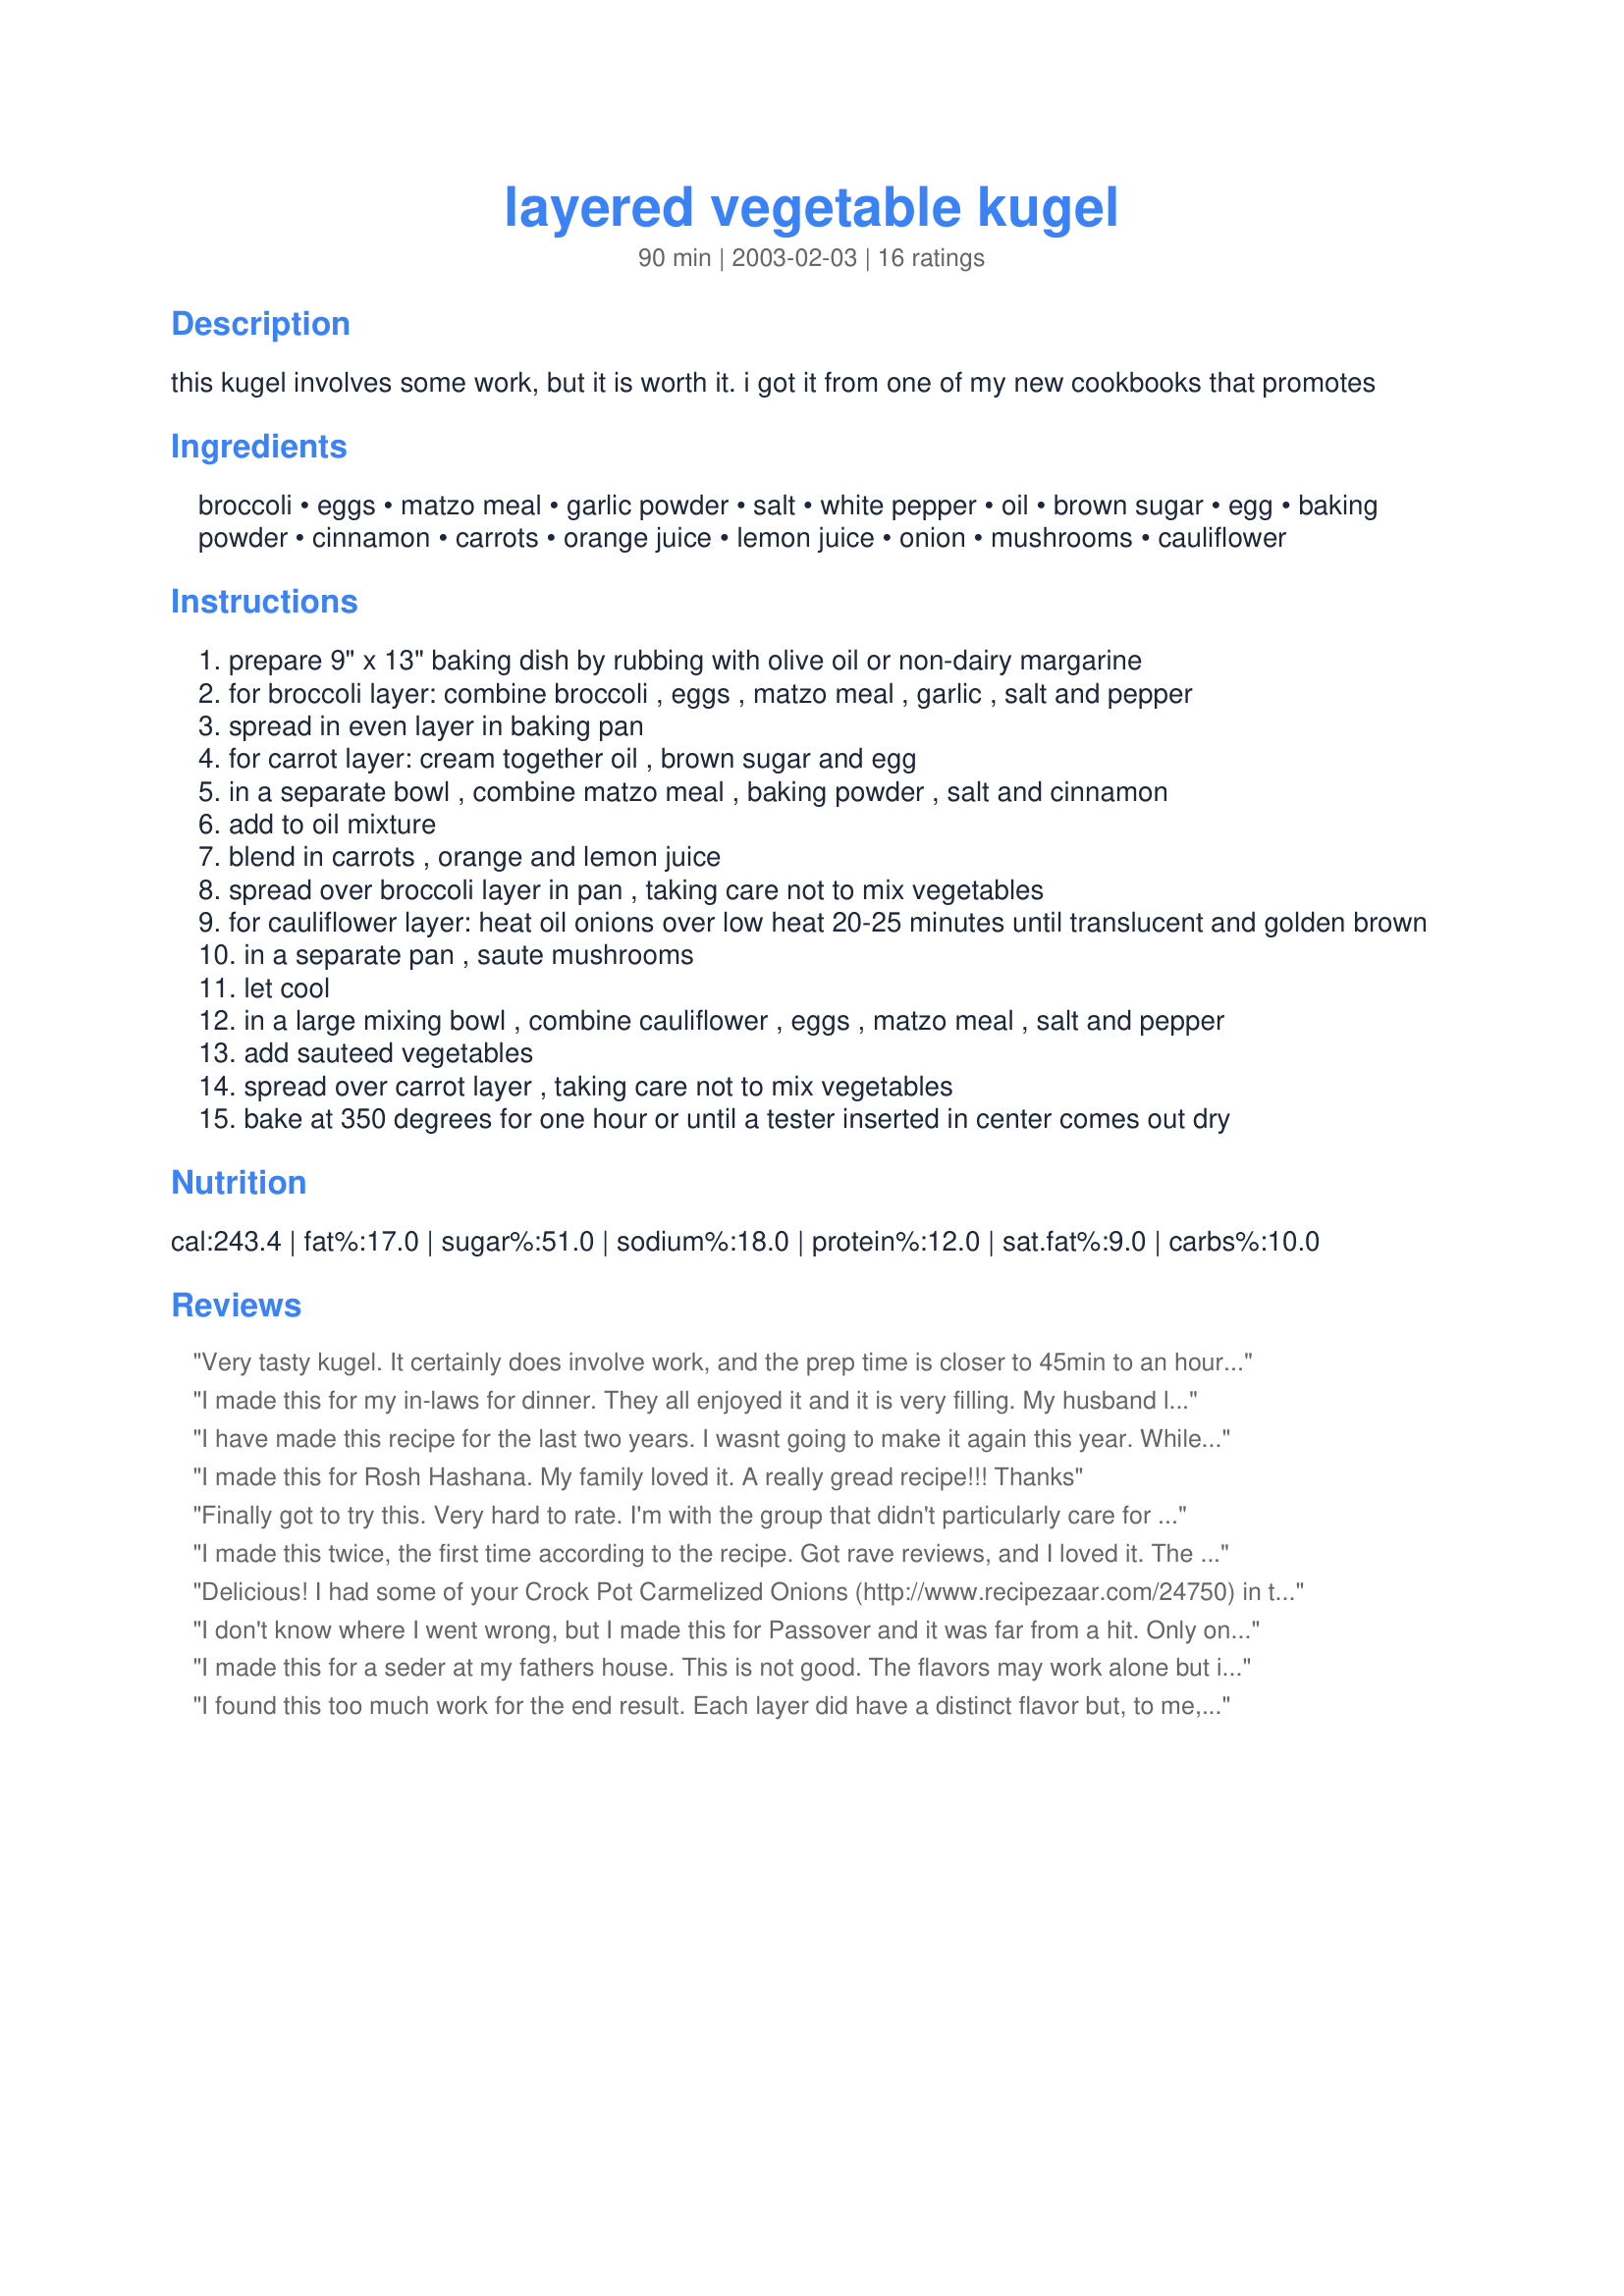
layered vegetable kugel
Preparation time: 90 minutes

this kugel involves some work, but it is worth it. i got it from one of my new cookbooks that promotes

Ingredients:
broccoli, eggs, matzo meal, garlic powder, salt, white pepper, oil, brown sugar, egg, baking powder, cinnamon, carrots, orange juice, lemon juice, onion, mushrooms, cauliflower

Steps:
prepare 9" x 13" baking dish by rubbing with olive oil or non-dairy margarine
for broccoli layer: combine broccoli , eggs , matzo meal , garlic , salt and pepper
spread in even layer in baking pan
for carrot layer: cream together oil , brown sugar and egg
in a separate bowl , combine matzo meal , baking powder , salt and cinnamon
add to oil mixture
blend in carrots , orange and lemon juice
spread over broccoli layer in pan , taking care not to mix vegetables
for cauliflower layer: heat oil onions over low heat 20-25 minutes until translucent and golden brown
in a separate pan , saute mushrooms
let cool
in a large mixing bowl , combine cauliflower , eggs , matzo meal , salt and pepper
add sauteed vegetables
spread over carrot layer , taking care not to mix vegetables
bake at 350 degrees for one hour or until a tester inserted in center comes out dry

Reviews:
Very tasty kugel. It certainly does involve work, and the prep time is closer to 45min to an hour - can't imagine getting this done in the 30min stated. I lightened it up a bit by using egg whites instead of whole eggs, and it worked beautifully. Broccoli layer needed 7 egg whites, carrot layer needed 2 egg whites, cauliflower layer needed 6 egg whites and used light orange juice (Tropicana light n' healthy). I did use the whole cup of brown sugar, but I bet I could have used 1/3 less, atleast. Then, if using less sugar, you can cut the oil too. As I made it, for 20 servings, it gives 5 WW points per serving (all veggies are free), which is GREAT! I think you can easily get 32 servings from this as well (what I got), especially if there's a lot to eat, like on Passover, and that will give 3 WW points per serving. Would have gotten the extra star, but no raves at the table for this dish, sad :( considering the amount of work it took.
I made this for my in-laws for dinner. They all enjoyed it and it is very filling. My husband liked it, too. This one is a keeper!
I have made this recipe for the last two years. I wasnt going to make it again this year. While it is delicious, it takes way more than the listed 30 minute preparation time. Lots and lots of work! After much whining from family, once again it will be at our seder meal. Do agree with trick. If you choose to make only one layer, the carrot would be my vote.
I made this for Rosh Hashana. My family loved it. A really gread recipe!!! Thanks
Finally got to try this. Very hard to rate. I'm with the group that didn't particularly care for the flavors together. Apart the layers were fabulous (I would double the broccoli layer though!) The smell of the carrot layer while assembling was mouth watering - the brown sugar, cinnamon and juices are a PERFECT combo. But I didn't care for it in conjunction with the garlic from the broccoli layer and the mushrooms from the cauliflower layer. Oddly enough - the cauliflower layer was the one I was unsure of, but it was my favorite! I used an 8oz package of mushrooms and slightly more onion then called for. I would make it again leaving out the carrot layer, and doubling the broccoli. Or make the carrot layer on it's own. I also want to say a BIG thank you to Mirj who got back to me ON Thanksgiving day to answer a question I had!
I made this twice, the first time according to the recipe. Got rave reviews, and I loved it. The second time, I didn't have orange juice or lemon juice in the house, so I squeezed an orange and added lemon pepper. That was a mistake. The carrot layer in that second kugel came out too sweet. But otherwise, I think this is an amazing dish, both for its different layers of flavors and its aesthetic appeal...
2007 UPDATE-made it again this year for the seder and EVERYONE wants the recipe. An amazingly tasty dish!
Delicious! I had some of your Crock Pot Carmelized Onions (http://www.recipezaar.com/24750) in the fridge, and I substituted them for the onions in the cauliflower layer. I also didn't have fresh mushrooms at hand, so I substituted some jarred mushrooms that I sauteed a bit with some chopped garlic and a bit of olive oil.

As it's been said, this is a labor-intensive dish, but it is so delicious and worth the work. Next time I make it, I'll make it in 2 8X8 pans and freeze one. Thank you Mirj!
I don't know where I went wrong, but I made this for Passover and it was far from a hit. Only one person liked it. I threw most of it away.
I made this for a seder at my fathers house. This is not good. The flavors may work alone but in combination, they are really strange.
I found this too much work for the end result. Each layer did have a distinct flavor but, to me, it just wasn't the greatest. My company didn't seem to enjoy it either. I was expecting vibrant colors, and was disappointed that it wasn't so. The carrot layer was very tasty and I think I would make it again with a little less cinnamon. Thanks for posting though because it gave me the opportunity to make a new veggie (the carrot layer).
This is a spectacular recipe. This is the second year in a row that I have made it for Passover.
I use a 10" springform pan instead of the 9x13 and slice it like cake.
Jackie in Wilmington, DE
This is one of our family's favorites, and I keep forgetting to put my review here. The work involved is not that bad and it is well worth it. The flavors are perfect together, as these are flavors joined together quite often in vegetable 'medleys'. It always is beautiful to look at on the table as well. I need to remember to take photos this next time! This is a keeper we use time and time again!
I made this for the second night of Passover. Everyone really liked it. The broccoli portion of the recipe is absolutely delicious and I think I will make a kugel just of that next time! It is a time consuming dish but I was very pleased to bring something different and tasty to my FIL's for dinner. Thanks for another great recipe Mirjam.
This was a great kugel and all of the flavors went together beautifully. I used fresh vegetables. Instead of 1 cup of eggs for the broccoli and cauliflower layers, I used 3 eggs in each layer. (I think 4 eggs make 1 cup.) I used black pepper instead of white since that is what I had on hand. I used the pre-shredded carrots from the store and just broke them up a little with my spoon when combining ingredients. My tester was clean at 45 minutes of baking. I also had to reheat the kugel so additional baking was done at that time. It took me a lot longer than 30 minutes of prep time, but it was worth it.
I made this for Passover. Rather than fresh veggies, I used frozen and that saved a lot of time. The only layer that was very time consuming was the cauliflower layer....what with all the sauteeing. Time consuming does not equal difficult, though. It was a very simple recipe to follow. I halved it, since we only had the 4 of us for the second night. It fit perfectly in a 8x8 pan. An excellent recipe that is different from the usual holiday offerings. Passover can be so boring with the same things....this was a great break from the same old. I definitely will use this recipe year round, not just for Passover. It would be perfect for Thanksgiving, RoshHashana or Yom Kippur. Or any night when I have a bit of extra time to cook.
This recipie is very time consuming as noted but worth every moment. I get raves with it every year. This year I think I will use the suggestion of making it in layers and stages. I plan on doubling it and making it in two seperate pans . . . This is one to use year round and not just on Passover . . . It is not only yummy but it is pretty :)
